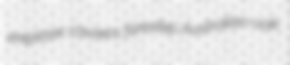
ereptase causers forestep Australian-oak